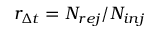
r _ { \Delta t } = N _ { r e j } / N _ { i n j }